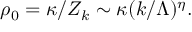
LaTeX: \rho _ { 0 } = \kappa / Z _ { k } \sim \kappa ( k / \Lambda ) ^ { \eta } .